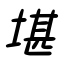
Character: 堪